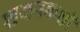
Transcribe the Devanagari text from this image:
शयनकक्षों